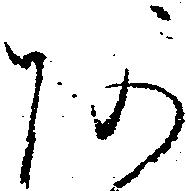
阿